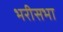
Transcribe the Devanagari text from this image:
भरीसभा